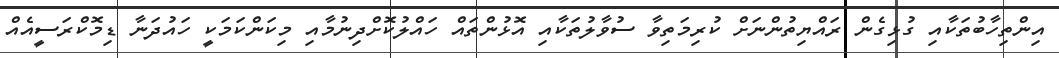
އިންތިހާބުތަކާއި ގުޅިގެން ރައްޔިތުންނަށް ކުރިމަތިވާ ސުވާލުތަކާއި އޮޅުންތައް ހައްލުކޮށްދިނުމާއި މިކަންކަމަކީ ހައުދަނާ ޑިމޮކްރަސީއެއް